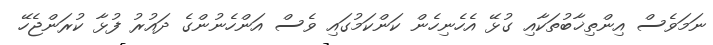
ނަމަވެސް އިންތިޚާބުތަކާއި ގުޅޭ އެހެނިހެން ކަންކަމުގައި ވެސް އަންހެނުންގެ ދައުރު ފުޅާ ކުރަންޖެހޭ